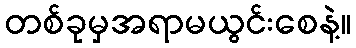
တစ်ခုမှအရာမယွင်းစေနဲ့။